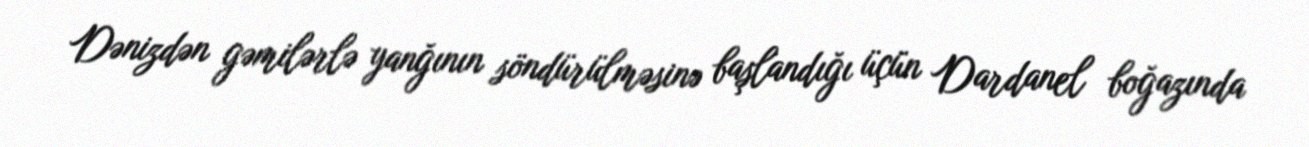
Dənizdən gəmilərlə yanğının söndürülməsinə başlandığı üçün Dardanel boğazında